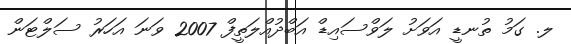
ލ. ގަމު ތުނޑީ އަވަށު ލަވްސައިޑް އަބްދުއްލަތީފް 2007 ވަނަ އަހަރު ސަލްޓަން